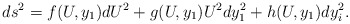
\begin{align*}ds^2 = f(U,y_1) dU^2 + g(U,y_1) U^2 dy_1^2 + h(U,y_1) dy_i^2.\end{align*}